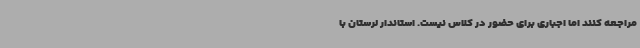
مراجعه کنند اما اجباری برای حضور در کلاس نیست. استاندار لرستان با